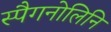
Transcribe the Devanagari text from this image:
स्पैगनोलिनि